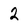
Character: 2